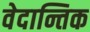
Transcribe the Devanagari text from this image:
वेदान्तिक